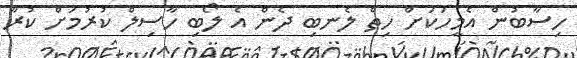
ހިސާބުން އެމީހަކަށް ހިތް ލެނބި ދެން އެ ލޯބި ހާސިލް ކުރުމަށް ކުރާ